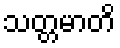
သတ္တမာတိ